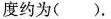
度约为（）.